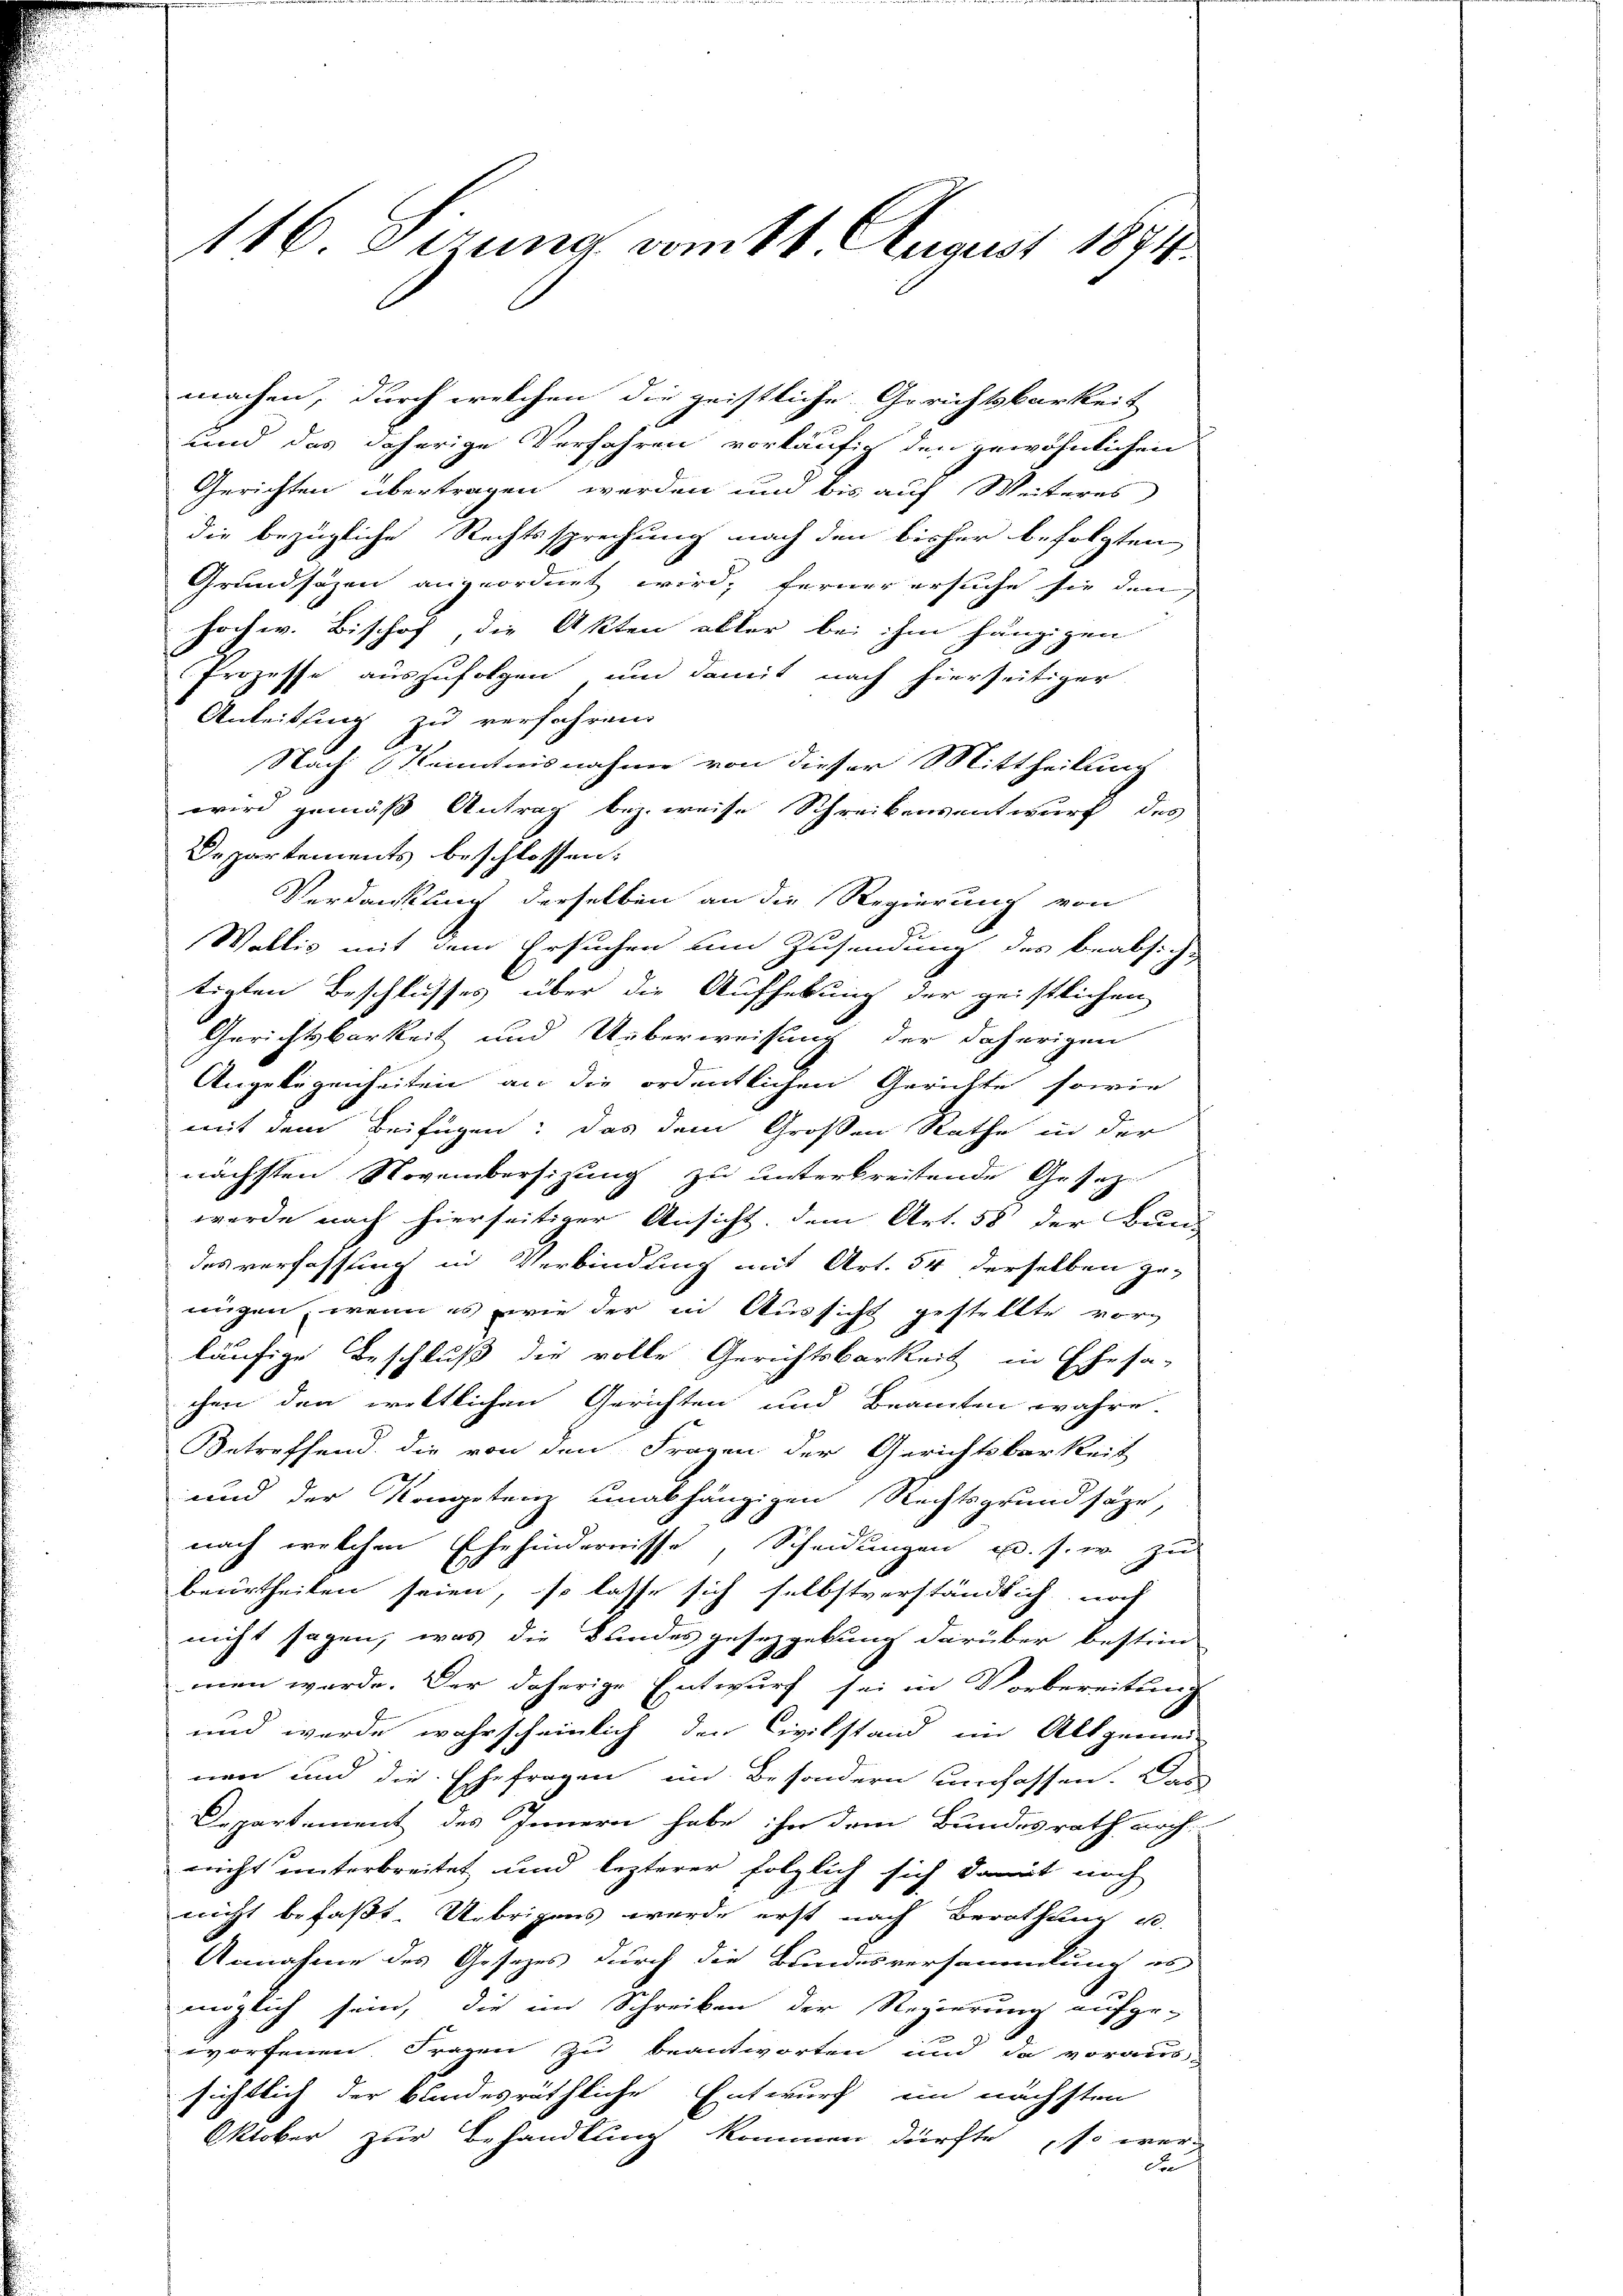
116. Pirung vom 16. August 1874.

machen, durch welchen die geistliche Gerichtsbarkeit
und das daherige Verfahren vorläufig den gewöhnlichen
Gerichten übertragen werden und bis auf Weiteres
die bezügliche Rechtssprechung nach den bisher b. folgten
Grundsäzen angeordnet wird, ferner ersuche sie den
hochw. Bischof, die Akten aller bei ihm hängigen
Prozesse auszufolgen und damit nach hierseitiger
Anleitung zu verfahren
Nach Kenntnisnahme von dieser Mittheilung
wird gemäß Antrag bezweise Schreibensentwurf des
Departements beschlossen:
Verdankung derselben an die Regierung von
Wallis mit dem Ersuchen um Zusendung des beabsichtigten Beschlusses über die Aufhebung der geistlichen
Gerichtsbarkeit und Ueberweisung der daherigen
Angelegenheiten an die ordentlichen Gerichte sowie
mit dem Beifügen: das dem Großen Rathe in der
nächsten Novembersizung zu unterbreitende Gesetz-
werde nach hierseitiger Ansicht, dem Art. 58 der Bun-
des verfassung in Verbindung mit Art. 54 derselben ge-
nügen, wenn es wie der in Aussicht gestellte vorläufige Beschluß die volle Gerichtsbarkeit in Ehesa-
chen den weltlichen Gerichten und Beamten wahre.
Betreffend die von den Fragen der Gerichtsbarkeit
und der Kongetenz unabhängigen Rechtsgrundsätze,
nach welchen Ehehindernisse, Scheidungen u. s. w. zu
1
bedörtheilen seien, so lasse sich selbstverständlich noch
nicht sagen, was die Bundes gesezgebung darüber bestim
men werde. Der daherige Entwurf sei in Vorbereitung
und wurde wahrscheinlich den Civilstand im Altgemein
nen und die Ehefragen im Besondern umfassen. Das
Departement des Innern habe ihn dem Bundesrath noch-
nicht unterbreitet und lezterer folglich sich damit nach
nicht befaßt. Übrigens werde erst nach Berathung u.
Annahme des Gesetzes durch die Bundesversammlung es
möglich sein, die im Schreiben der Regierung aufge-
worfenen Fragen zu beantworten und da voraus-
sichtlich der bundesräthliche Entwurf ein nächsten
Oktober zur Behandlung kommen dürfte, so wer-
Die